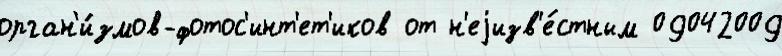
орган'и́змов-фотос'инт'ет'иков от н'еjизв'е́стным 09042009